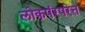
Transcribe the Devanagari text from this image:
लोकपंरपरेत